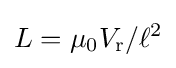
L=\mu _{0}V_{\mathrm {r} }/\ell ^{2}